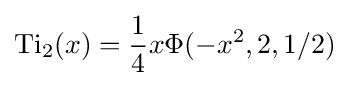
\operatorname {Ti} _{2}(x)={\frac {1}{4}}x\Phi (-x^{2},2,1/2)